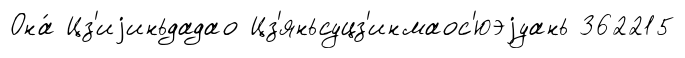
Она́ Цз'иjиньдадао Цз'яньсуцз'инмаос'юэjуань 362215